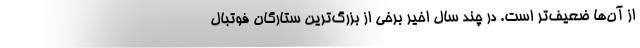
از آن‌ها ضعیف‌تر است. در چند سال اخیر برخی از بزرگ‌ترین ستارگان فوتبال